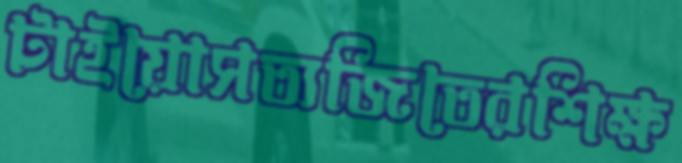
টাইয়োসত্যজিতেরশিক্ষ